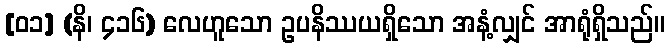
[၀၁] (နိ၊ ၄၁၆) လေဟူသော ဥပနိဿယရှိသော အနံ့လျှင် အာရုံရှိသည်။